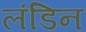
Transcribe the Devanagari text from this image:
लंडिन